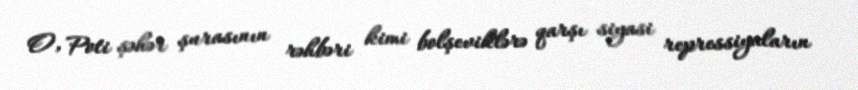
O, Poti şəhər şurasının rəhbəri kimi bolşeviklərə qarşı siyasi repressiyaların